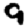
Digit: 9